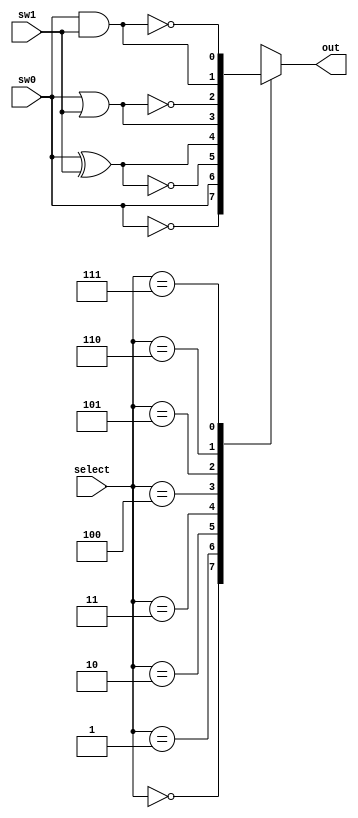
`timescale 1ns / 1ps

module mux (sw0, sw1, select, out);
    
    // Define inputs and outputs
    input wire sw0, sw1;
    input wire [2:0] select;
    output reg out;
    
    /* Initialize additional wires needed to 
    store intermediate values */
    wire w0, w1, w2, w3, w4, w5, w6, w7;

    // Define gates and operations
    not 
        (w0, sw0);
    buf
        (w1, sw0);
    xnor
        (w2, sw0, sw1);
    xor
        (w3, sw0, sw1);
    or
        (w4, sw0, sw1);
    nor
        (w5, sw0, sw1);
    and
        (w6, sw0, sw1);
    nand
        (w7, sw0, sw1);
    
    // Switch case for mux selector
    always @(select, sw0, sw1)
    case (select)
        3'b000 : out = w0;
        3'b001 : out = w1;
        3'b010 : out = w2;
        3'b011 : out = w3;
        3'b100 : out = w4;
        3'b101 : out = w5;
        3'b110 : out = w6;
        3'b111 : out = w7;
        default : out = out;
    endcase

endmodule